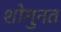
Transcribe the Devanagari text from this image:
शोगुनत